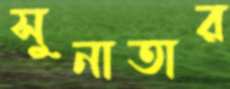
সুনাতার